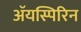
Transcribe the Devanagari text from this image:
ॲयस्पिरिन